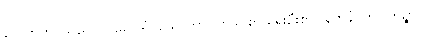
ဂေါတြဘု၊ သည်။ ပဌမတရံ၊ သောတာပတ္တိမဂ်၏ ရှေးဦးစွာ။ နိဗ္ဗာနံ၊ ကို။ ကိဉ္စာပိ